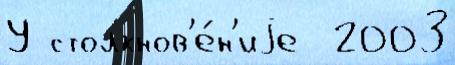
У столкнов'е́н'иjе  2003